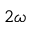
2 \omega